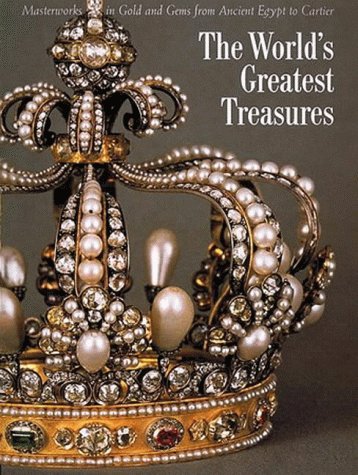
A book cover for The World's Greatest Treasures: Masterworks in Gold and Gems from Ancient Egypt to Cartier; Gianni Guadalupi; Crafts, Hobbies & Home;